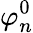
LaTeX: \varphi_{n}^{0}